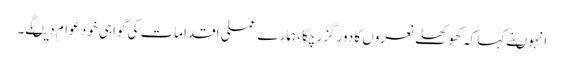
انہوںنے کہا کہ کھوکھلے نعروں کا دور گزرچکا ،ہمارے عملی اقدامات کی گواہی خود عوام دیںگے۔